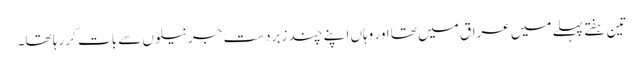
تین ہفتے پہلے میں عراق میں تھا اور وہاں اپنے چند زبردست جرنیلوں سے بات کر رہا تھا۔